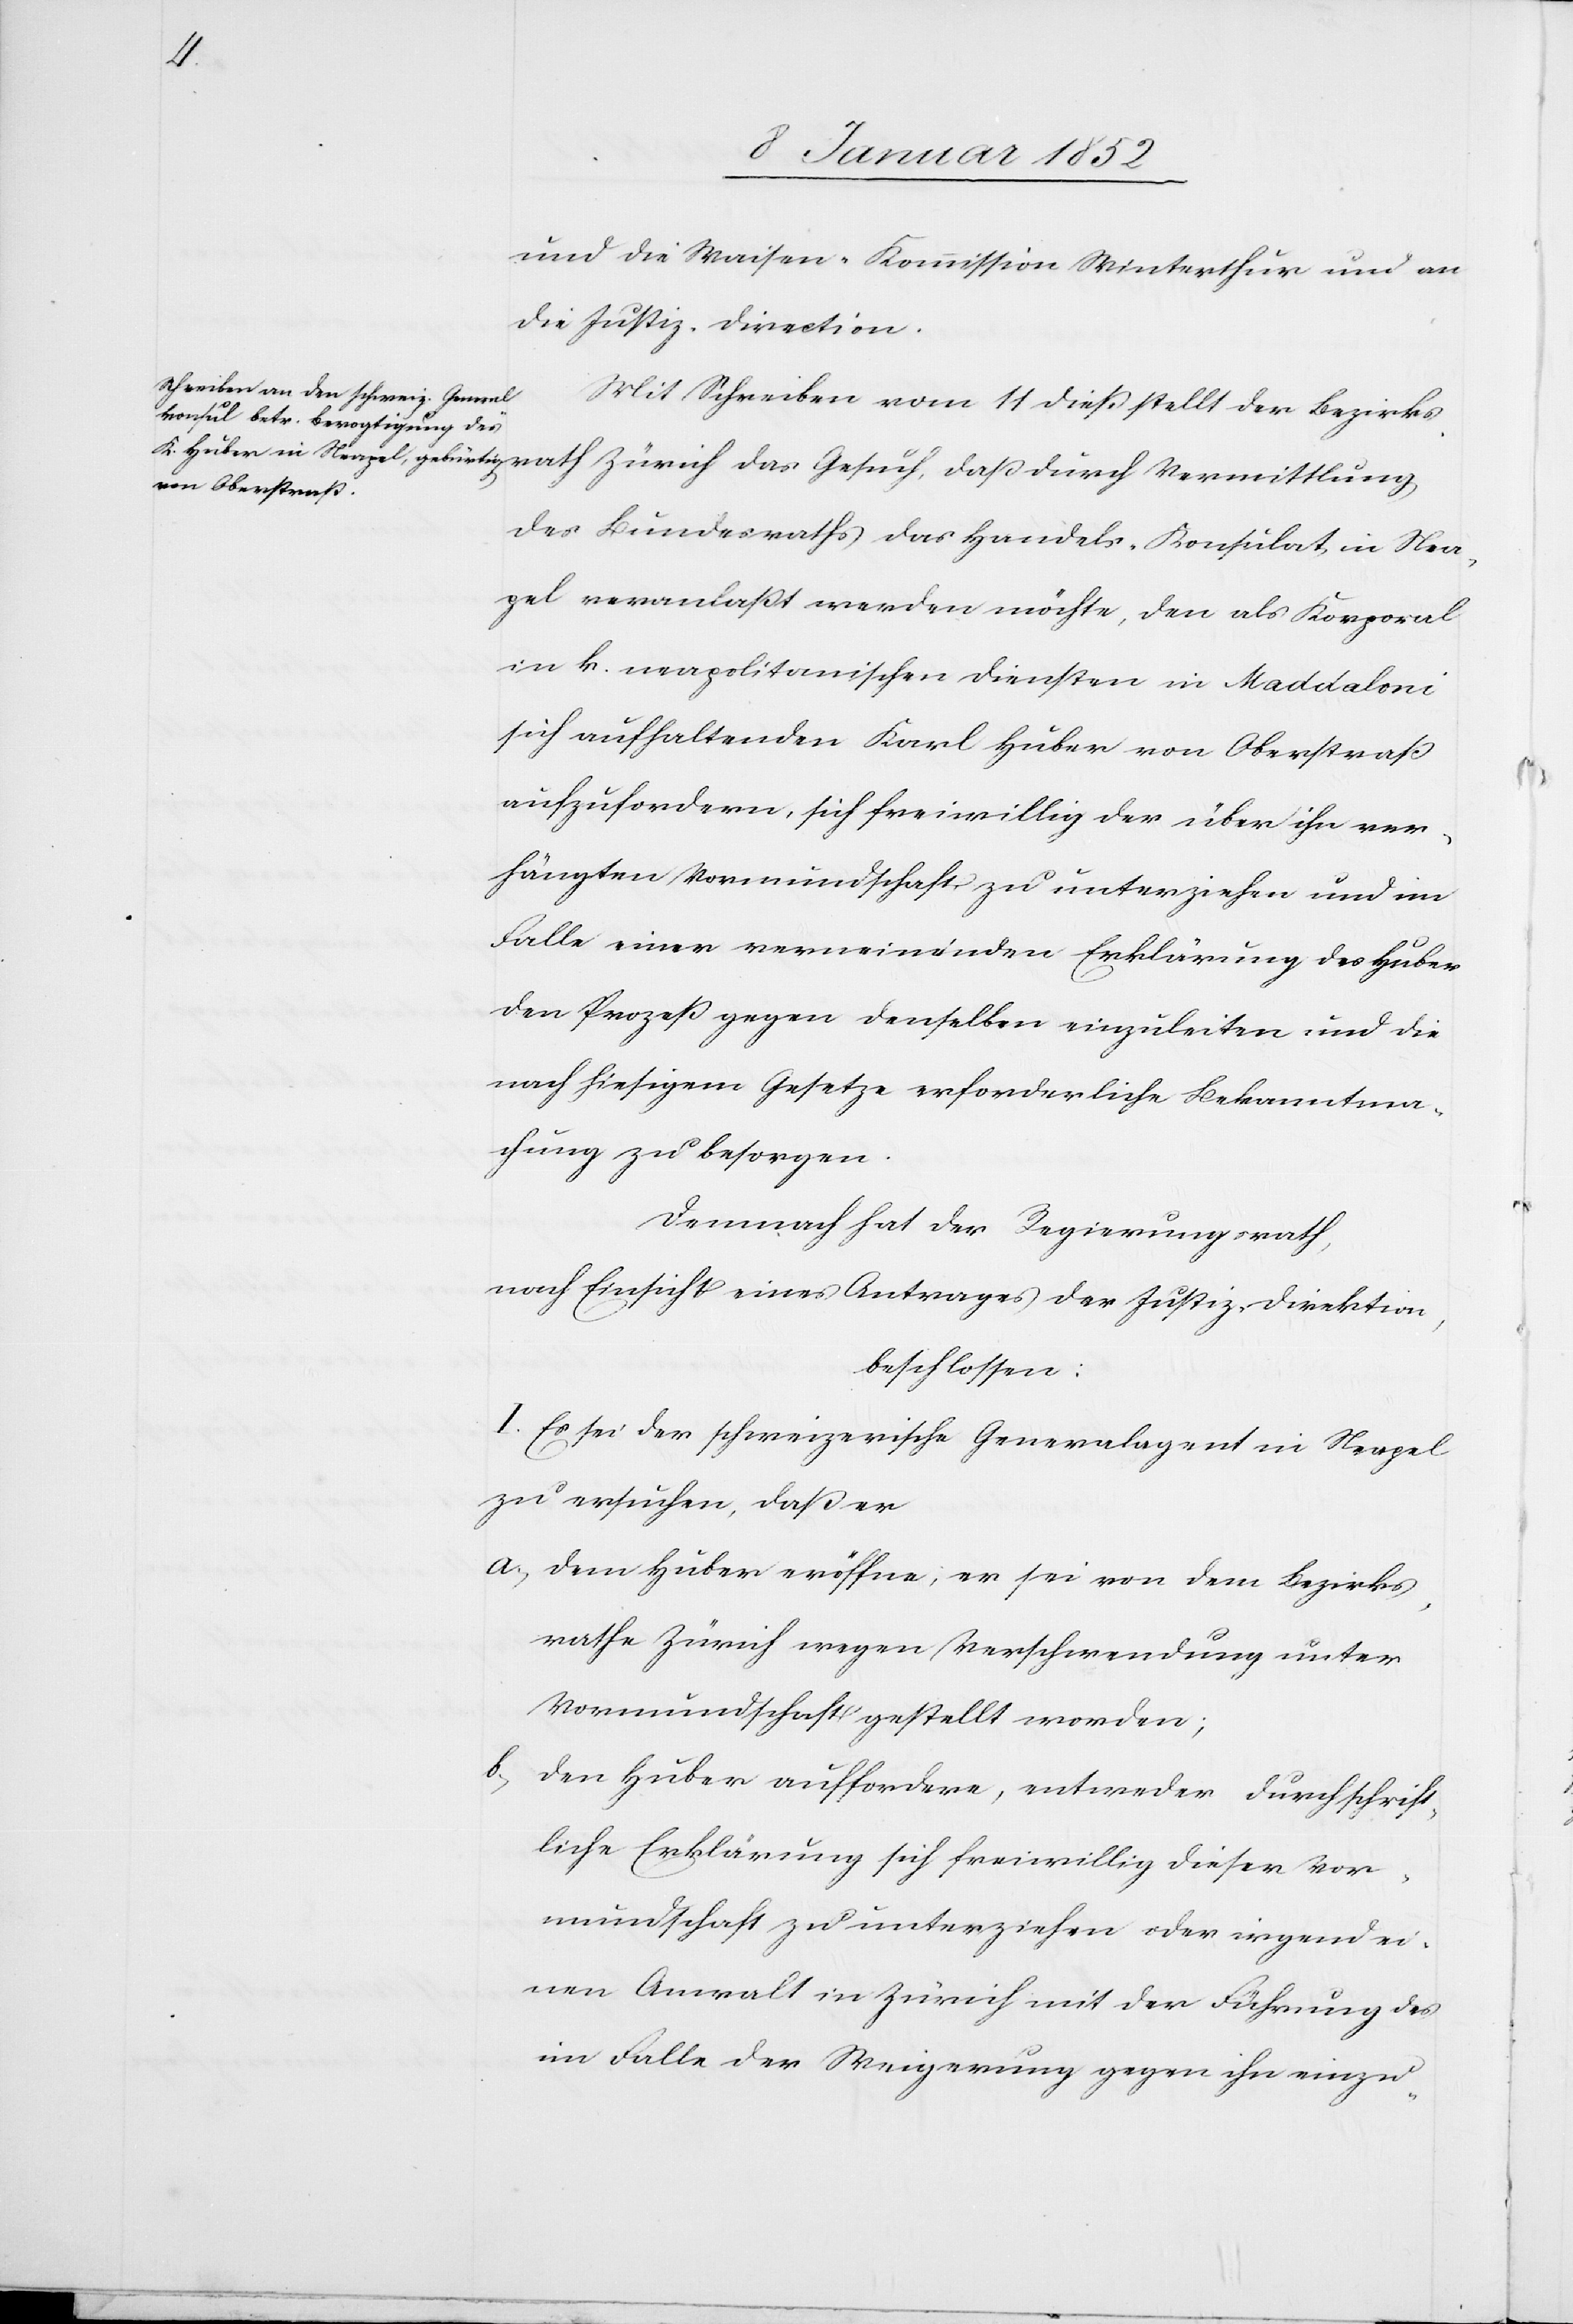
und die Waisen-Kommission Winterthur und an
die Justiz-Direction.
Mit Schreiben vom 11 dieß stellt der Bezirks¬
rath Zürich das Gesuch, daß durch Vermittlung
des Bundesraths das Handels-Konsulat in Nea¬
pel veranlaßt werden möchte, den als Korporal
in k. neapolitanischen Diensten in Maddaloni
sich aufhaltenden Karl Huber von Oberstraß
aufzufordern, sich freiwillig der über ihn ver¬
hängten Vormundschaft zu unterziehen und im
Falle einer verneinenden Verklärung des Huber
den Prozeß gegen denselben einzuleiten und die
nach hiesigem Gesetze erforderliche Bekanntma¬
chung zu besorgen.
demnach hat der Regierungsrath,
nach Einsicht eines Antrages der Justiz-Direktion,
beschlossen:
I. Es sei der schweizerische Generalagent in Neapel
zu ersuchen, daß er
a., dem Huber eröffne, er sei von dem Bezirks¬
rathe Zürich wegen Verschwendung unter
Vormundschaft gestellt worden;
b., den Huber auffordere, entweder durch schrift¬
liche Erklärung sich freiwillig dieser Vor¬
mundschaft zu unterziehen oder irgend ei¬
nen Anwalt in Zürich mit der Führung des
im Falle der Weigerung gegen ihn einzu-